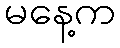
မနေ့က